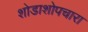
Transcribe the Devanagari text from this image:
शोडाशोपचारा